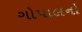
ગોપાલનો